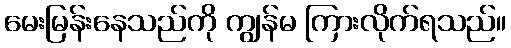
မေးမြန်းနေသည်ကို ကျွန်မ ကြားလိုက်ရသည်။